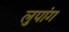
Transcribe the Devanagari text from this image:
लुपांग